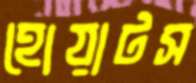
হোয়াটস